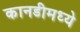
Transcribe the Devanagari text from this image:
कानडीमध्ये